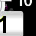
Digit: 1